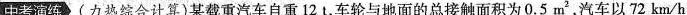
中考演练(力热综合计算)某载重汽车自重12t，车轮与地面的总接触面积为0.5m^{2}，汽车以72km/h